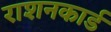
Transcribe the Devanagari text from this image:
राशनकार्ड